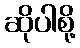
ဆိုပါစို့